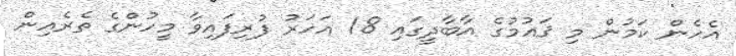
އެހެން ކަމުން މި ޤައުމުގެ އާބާދީގައި 18 އަހަރު ފުރިފައިވާ މީހުންގެ ތެރެއިން